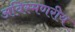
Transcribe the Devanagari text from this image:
अविस्मणरीय